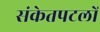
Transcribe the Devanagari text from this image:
संकेतपटलों